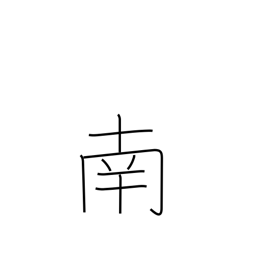
Meaning: south